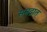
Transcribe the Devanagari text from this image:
समद्रात